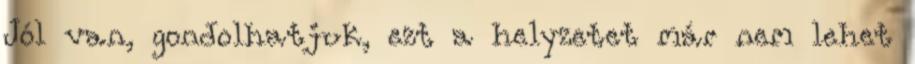
Jól van, gondolhatjuk, ezt a helyzetet már nem lehet